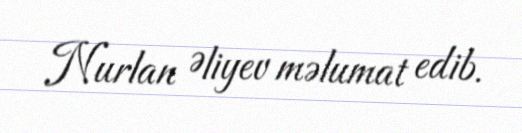
Nurlan Əliyev məlumat edib.